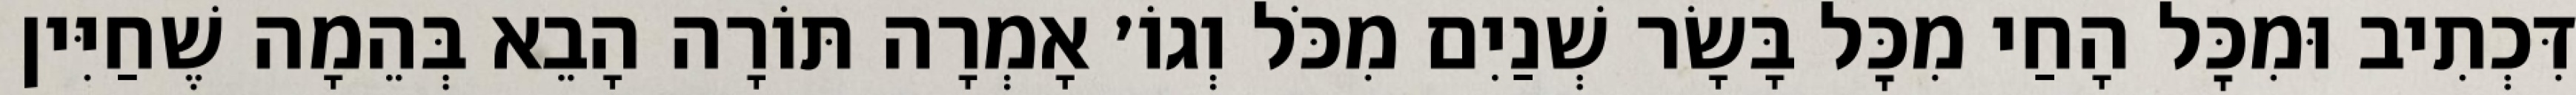
דִּכְתִיב וּמִכׇּל הָחַי מִכׇּל בָּשָׂר שְׁנַיִם מִכֹּל וְגוֹ׳ אָמְרָה תּוֹרָה הָבֵא בְּהֵמָה שֶׁחַיִּין